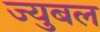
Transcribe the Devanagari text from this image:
ज्युबल